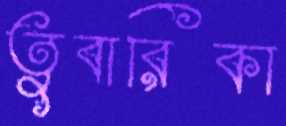
তুবারিকা